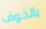
بالخوف